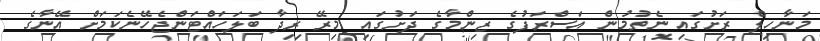
މަނާހިލް ރަށުގައި ނެތުމުން އަސްރަފުގެ ޒިންމާގެ ދަށުގައި މިރޭ ރިދާ ބަލަހައްޓަންޖެހޭނެކަމަށް އޭނާގެ